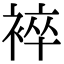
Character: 䘹